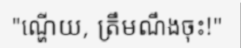
"ណ្ហើយ, ត្រឹមណឹងចុះ!"